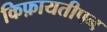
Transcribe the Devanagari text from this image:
किफ़ायतीपन